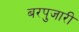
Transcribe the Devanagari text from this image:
बरपुजारी